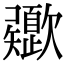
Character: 𣤻